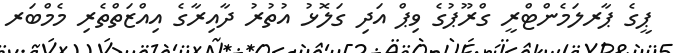
ޕީގެ ޕާރލަމެންޓްރީ ގްރޫޕުގެ ވިޕް އަދި ގަލޮޅު އުތުރު ދާއިރާގެ އިއްޒަތްތެރި މެމްބަރ